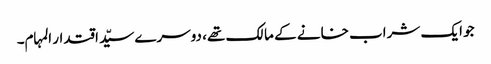
جو ایک شراب خانے کے مالک تھے، دوسرے سیّد اقتدار المہام۔